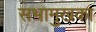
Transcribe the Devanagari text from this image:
सभामुखका